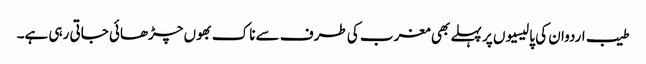
طیب اردوان کی پالیسیوں پر پہلے بھی مغرب کی طرف سے ناک بھوں چڑھائی جاتی رہی ہے۔